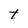
Character: t